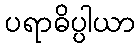
ပရာဓိပ္ပါယာ